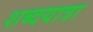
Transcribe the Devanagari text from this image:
शब्दयात्रा